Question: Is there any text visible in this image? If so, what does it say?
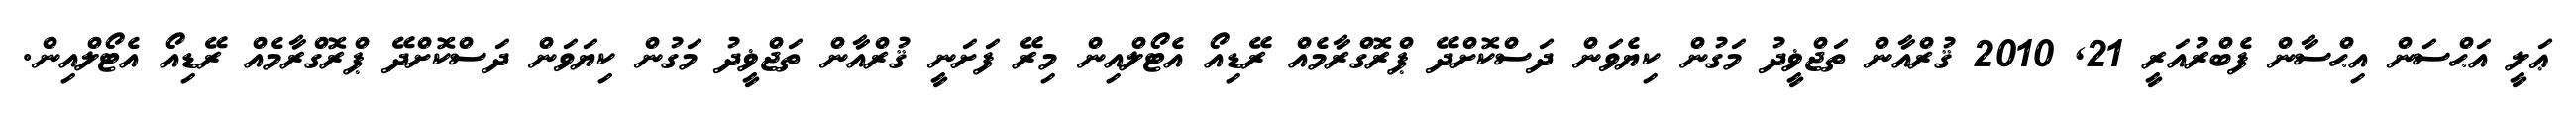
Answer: ޢަލީ އަޙްސަން އިޙްސާން ފެބްރުއަރީ 21, 2010 ޤުރްއާން ތަޖްޥީދު މަގުން ކިޔެވަން ދަސްކޮށްދޭ ޕްރޮގްރާމެއް ރޭޑިއޯ އެޓޯލްއިން މިރޭ ފަށަނީ ޤުރްއާން ތަޖްޥީދު މަގުން ކިޔަވަން ދަސްކޮށްދޭ ޕްރޮގްރާމެއް ރޭޑިއޯ އެޓޯލްއިން.